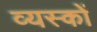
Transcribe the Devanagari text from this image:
व्‍यस्‍कों